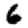
Digit: 6